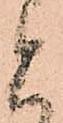
と